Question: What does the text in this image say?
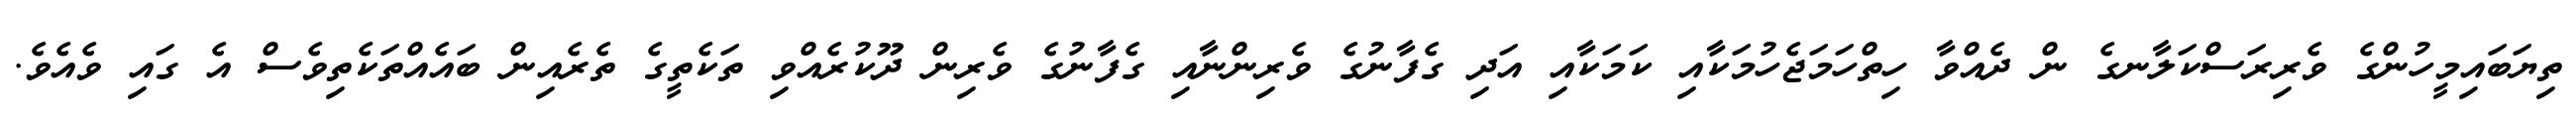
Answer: ތިޔަބައިމީހުންގެ ވެރިރަސްކަލާނގެ ން ދެއްވާ ހިތްހަމަޖެހުމަކާއި ކަމަކާއި އަދި ގެފާނުގެ ވެރިންނާއި ގެފާނުގެ ވެރިން ދޫކުރެއްވި ތަކެތީގެ ތެރެއިން ބައެއްތަކެތިވެސް އެ ގައި ވެއެވެ.